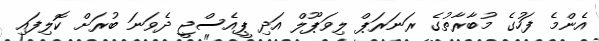
އެންމެ ފަހުގެ މުބާރާތުގެ ރަނަރަޕް ލިވަޕޫލް އަދި ޕީއެސްޖީ ދެވަނަ ބުރަށް ކޮލިފައި